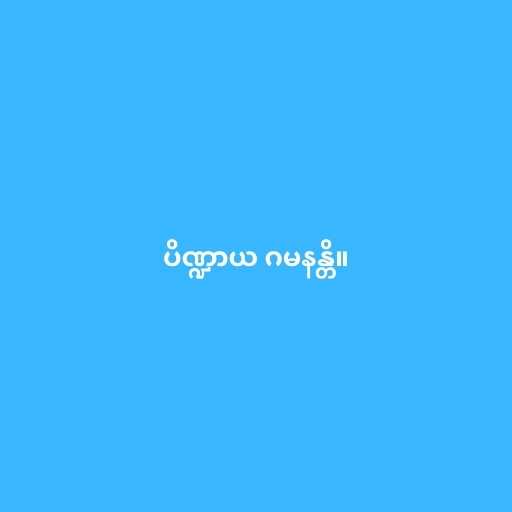
ပိဏ္ဍာယ ဂမနန္တိ။